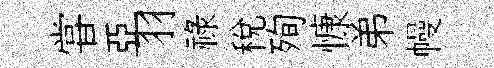
甞亞羽祿稅殉慷弟幔